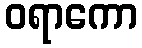
ဝရာကော